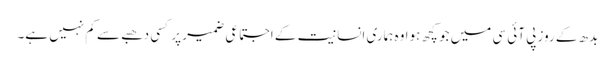
بدھ کے روز پی آئی سی میں جو کچھ ہوا وہ ہماری انسانیت کے اجتماعی ضمیر پر کسی دھبے سے کم نہیں ہے۔